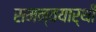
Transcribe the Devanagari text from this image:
समन्वयार्थी